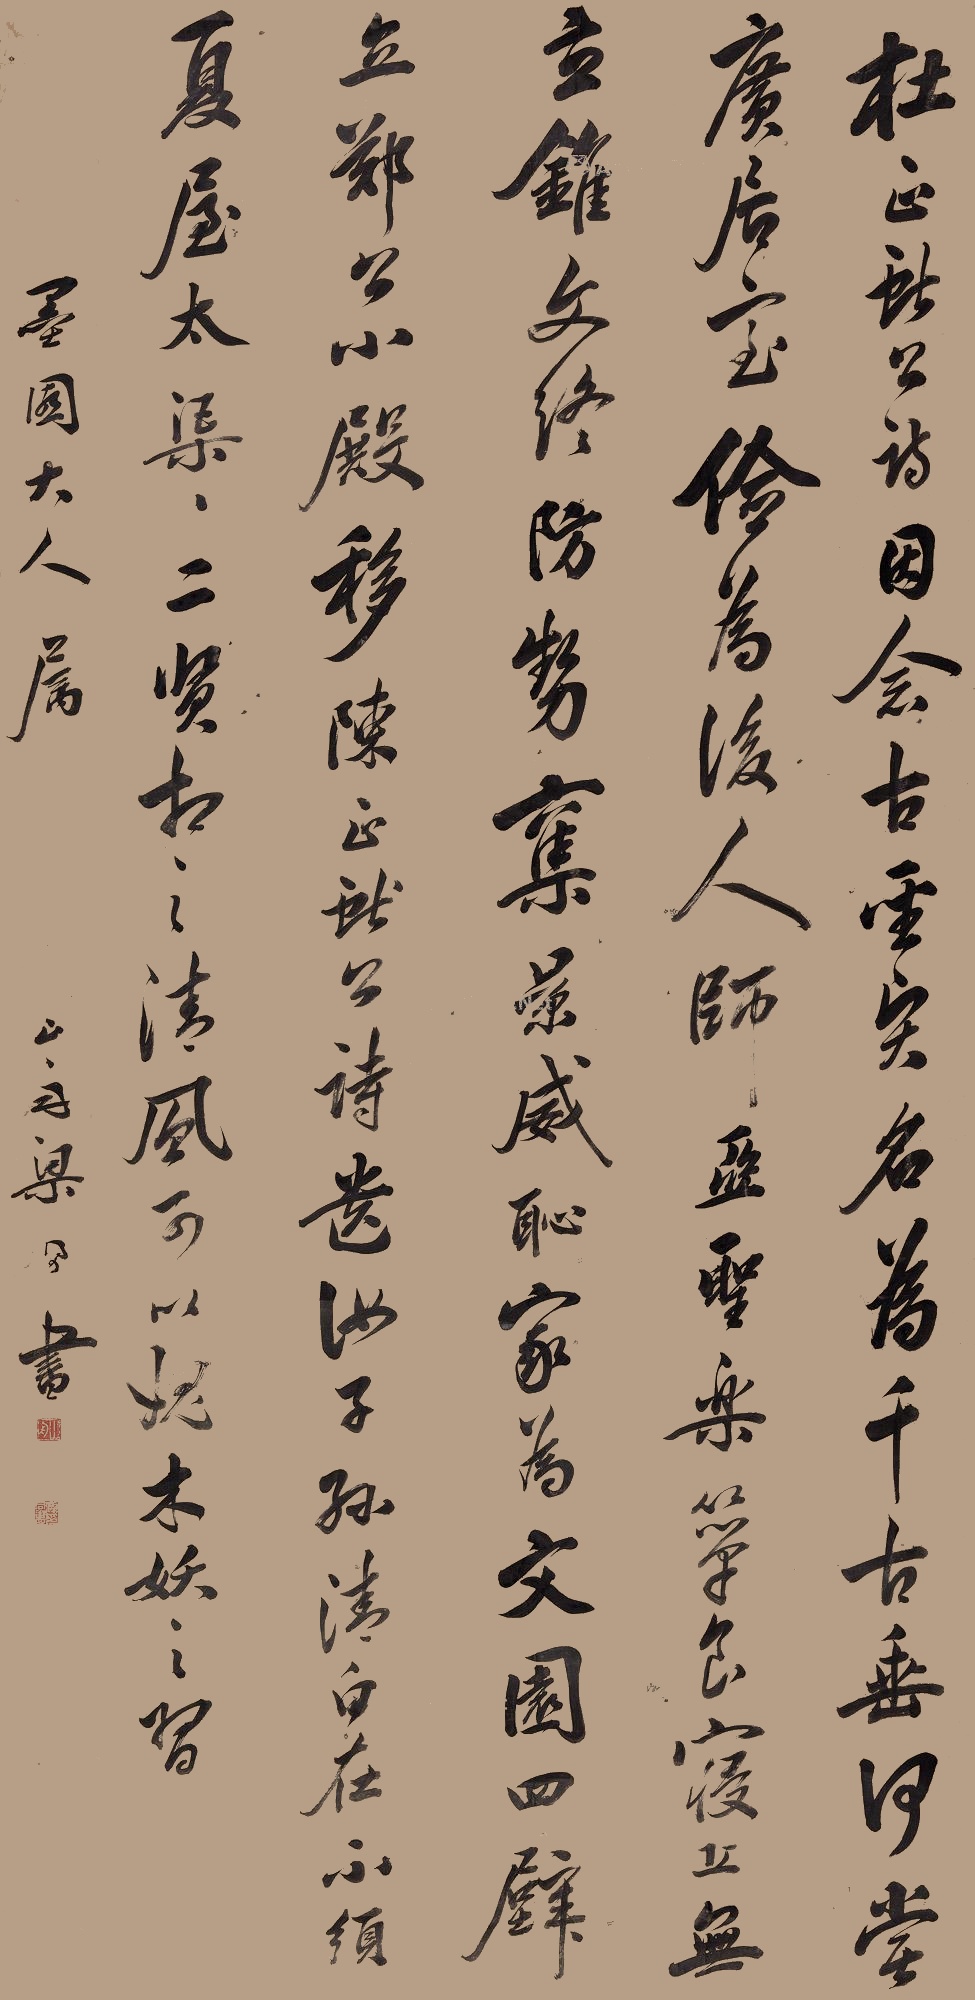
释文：杜正献公诗：因念古圣贤，名为千古垂。何尝广居室，俭为后人师。亚圣乐簟食，寑丘无立锥。文终防势夺，景威耻家为。文园四壁立，郑公小殿移。陈正献公诗：遗汝子孙清白在，不须夏屋太渠渠。二贤相之清风，可以媿木妖之习。墨园大人属，山舟梁同书书。